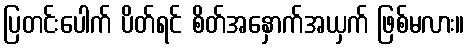
ပြတင်းပေါက် ပိတ်ရင် စိတ်အနှောက်အယှက် ဖြစ်မလား။